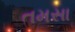
તમસા